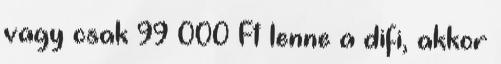
vagy csak 99 000 Ft lenne a difi, akkor